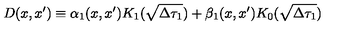
D ( x , x ^ { \prime } ) \equiv \alpha _ { 1 } ( x , x ^ { \prime } ) K _ { 1 } ( \sqrt { \Delta \tau _ { 1 } } ) + \beta _ { 1 } ( x , x ^ { \prime } ) K _ { 0 } ( \sqrt { \Delta \tau _ { 1 } } )